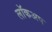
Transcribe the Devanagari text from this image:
लॉकअप